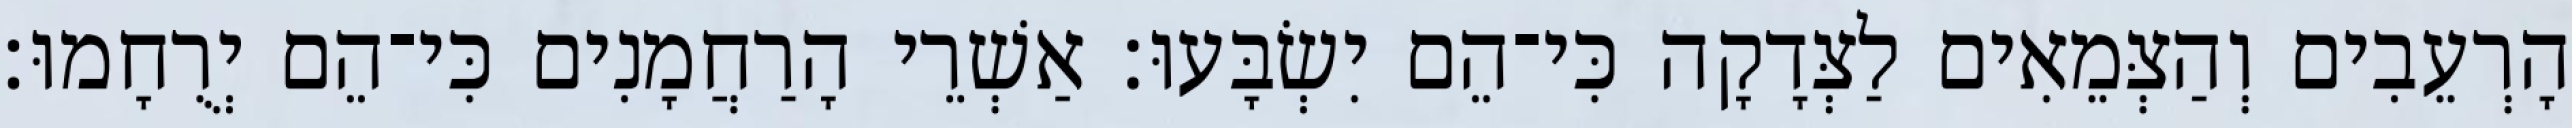
הָרְעֵבִים וְהַצְּמֵאִים לַצְּדָקָה כִּי־הֵם יִשְׂבָּעוּ׃ אַשְׁרֵי הָרַחֲמָנִים כִּי־הֵם יְרֻחָמוּ׃